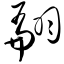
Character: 翩